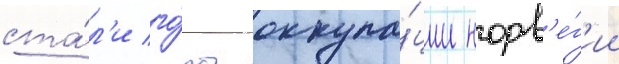
ста́л'и го́ды оккупа́ции норв'е́г'ии